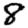
Digit: 8